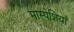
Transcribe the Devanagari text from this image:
मास्पेशियाँ